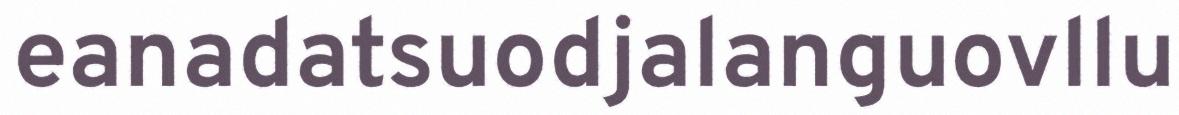
eanadatsuodjalanguovllu